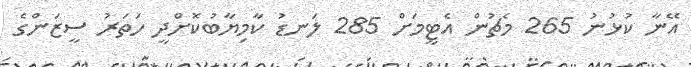
އޭނާ ކުޅުނު 265 މެޗުން އެޓީމަށް 285 ލަނޑު ކާމިޔާބުކޮށްދީ ހަތަރު ސީޒަންގެ